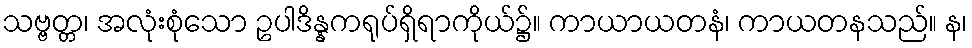
သဗ္ဗတ္တ၊ အလုံးစုံသော ဥပါဒိန္နကရုပ်ရှိရာကိုယ်၌။ ကာယာယတနံ၊ ကာယတနသည်။ န၊